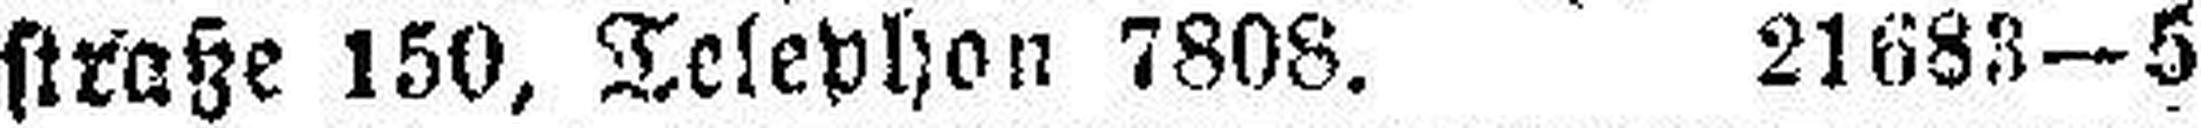
straße 150, Telephon 7808. 21683—5